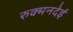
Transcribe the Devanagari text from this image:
रुक्मनदेई